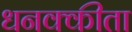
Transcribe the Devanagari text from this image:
धनक्कीता